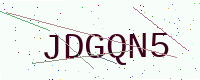
Text: JDGQN5